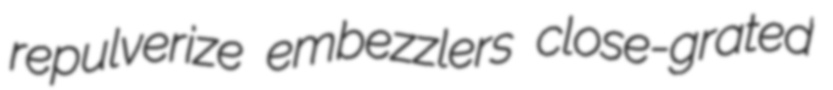
repulverize embezzlers close-grated